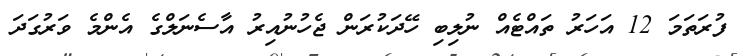
ފުރަތަމަ 12 އަހަރު ތައްޓެއް ނުލިބި ހޭދަކުރަން ޖެހުނުއިރު އާސެނަލްގެ އެންމެ ވަރުގަދަ